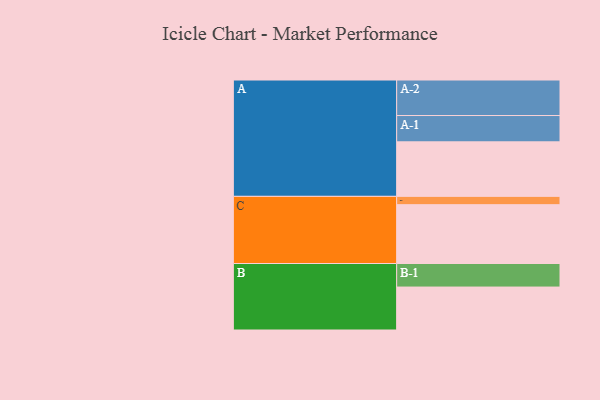
{"axis": {"x": "Segment", "y": "Value"}, "legend": ["", "A", "B", "C"], "data": [{"x": "A", "y": 433, "type": ""}, {"x": "B", "y": 341, "type": ""}, {"x": "C", "y": 467, "type": ""}, {"x": "A-1", "y": 209, "type": "A"}, {"x": "A-2", "y": 282, "type": "A"}, {"x": "B-1", "y": 187, "type": "B"}, {"x": "C-1", "y": 66, "type": "C"}]}